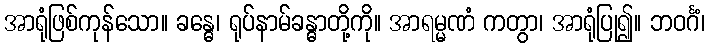
အာရုံဖြစ်ကုန်သော။ ခန္ဓေ၊ ရုပ်နာမ်ခန္ဓာတို့ကို။ အာရမ္မဏံ ကတွာ၊ အာရုံပြု၍။ ဘဝင်္ဂံ၊